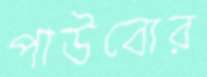
পাউবোর